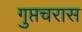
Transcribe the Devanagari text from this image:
गुप्तचरास